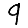
Digit: 9